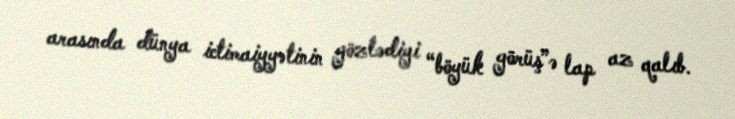
arasında dünya ictimaiyyətinin gözlədiyi “böyük görüş”ə lap az qalıb.